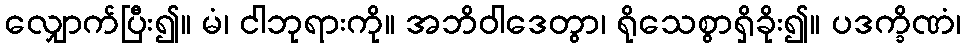
လျှောက်ပြီး၍။ မံ၊ ငါဘုရားကို။ အဘိဝါဒေတွာ၊ ရိုသေစွာရှိခိုး၍။ ပဒက္ခိဏံ၊